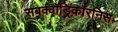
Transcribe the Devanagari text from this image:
सबक्वॉड्रिकॉरनिस